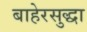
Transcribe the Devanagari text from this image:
बाहेरसुद्धा